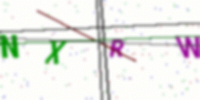
Text: NXRW